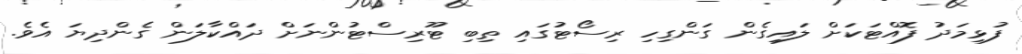
ފުޅިމަދު ފޮއްޓަކަށް ލައިގެން ގަންގިހި ރިސޯޓުގައި ތިބި ޓޫރިސްޓުންނަށް ދައްކާލަން ގެންދިޔަ އެވެ.